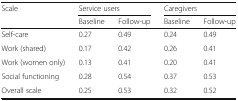
<table><thead><tr><td><b>Scale</b></td><td colspan="2"><b>Service users</b></td><td colspan="2"><b>Caregivers</b></td></tr><tr><td></td><td><b>Baseline</b></td><td><b>Follow-up</b></td><td><b>Baseline</b></td><td><b>Follow-up</b></td></tr></thead><tbody><tr><td>Self-care</td><td>0.27</td><td>0.49</td><td>0.24</td><td>0.49</td></tr><tr><td>Work (shared)</td><td>0.17</td><td>0.42</td><td>0.26</td><td>0.41</td></tr><tr><td>Work (women only)</td><td>0.13</td><td>0.41</td><td>0.20</td><td>0.41</td></tr><tr><td>Social functioning</td><td>0.28</td><td>0.54</td><td>0.37</td><td>0.53</td></tr><tr><td>Overall scale</td><td>0.25</td><td>0.53</td><td>0.32</td><td>0.52</td></tr></tbody></table>